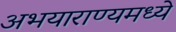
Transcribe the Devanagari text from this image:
अभयाराण्यमध्ये